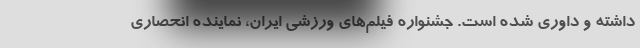
داشته و داوری شده است. جشنواره فیلم‌های ورزشی ایران، نماینده انحصاری